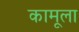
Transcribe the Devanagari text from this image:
कामूला